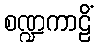
စဏ္ဍကာဠိံ